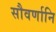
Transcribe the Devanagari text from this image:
सौवर्णानि